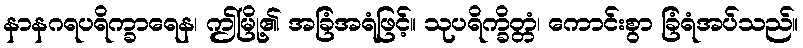
နာနဂရပရိက္ခာရေန၊ ဤမြို့၏ အခြံအရံဖြင့်။ သုပရိက္ခိတ္တံ၊ ကောင်းစွာ ခြံရံအပ်သည်။